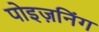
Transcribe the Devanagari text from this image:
पोइज़निंग